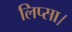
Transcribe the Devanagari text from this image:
लिप्सा।